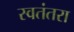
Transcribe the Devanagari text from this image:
स्वतंतरा